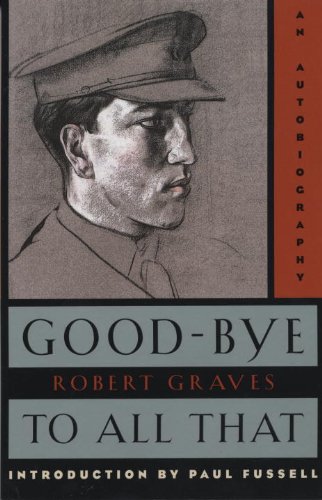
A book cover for Good-Bye to All That: An Autobiography; Robert Graves; Biographies & Memoirs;